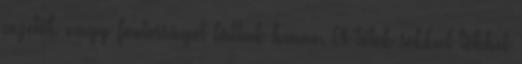
vezetők nagy fontosságot láttak benne. A tótok sokkal többet